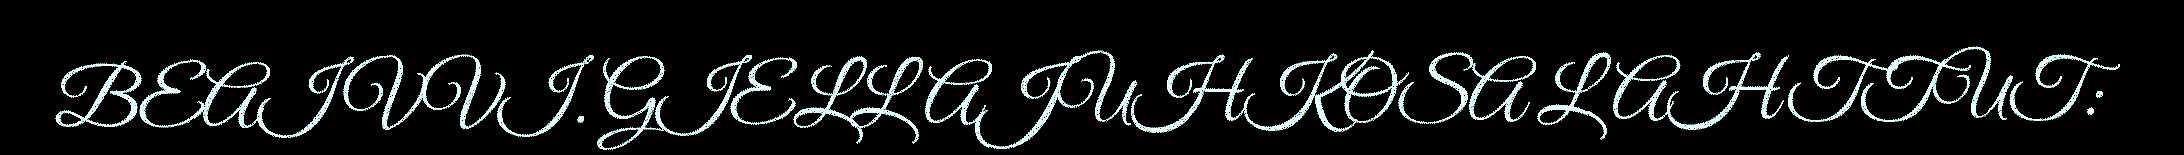
BEAIVVI. GIELLAJUHKOSA LAHTTUT: